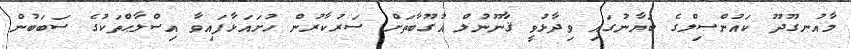
މާއުނގޫދޫ ކައުންސިލްގެ ބަޔާނުގައި ވިދާޅުވީ ޤާނޫނުލް އުގޫބާތަށް ސަރުކާރުން ހުށައަޅާފައިވާ އިސްލާޙްތަކުގެ ސަބަބުން